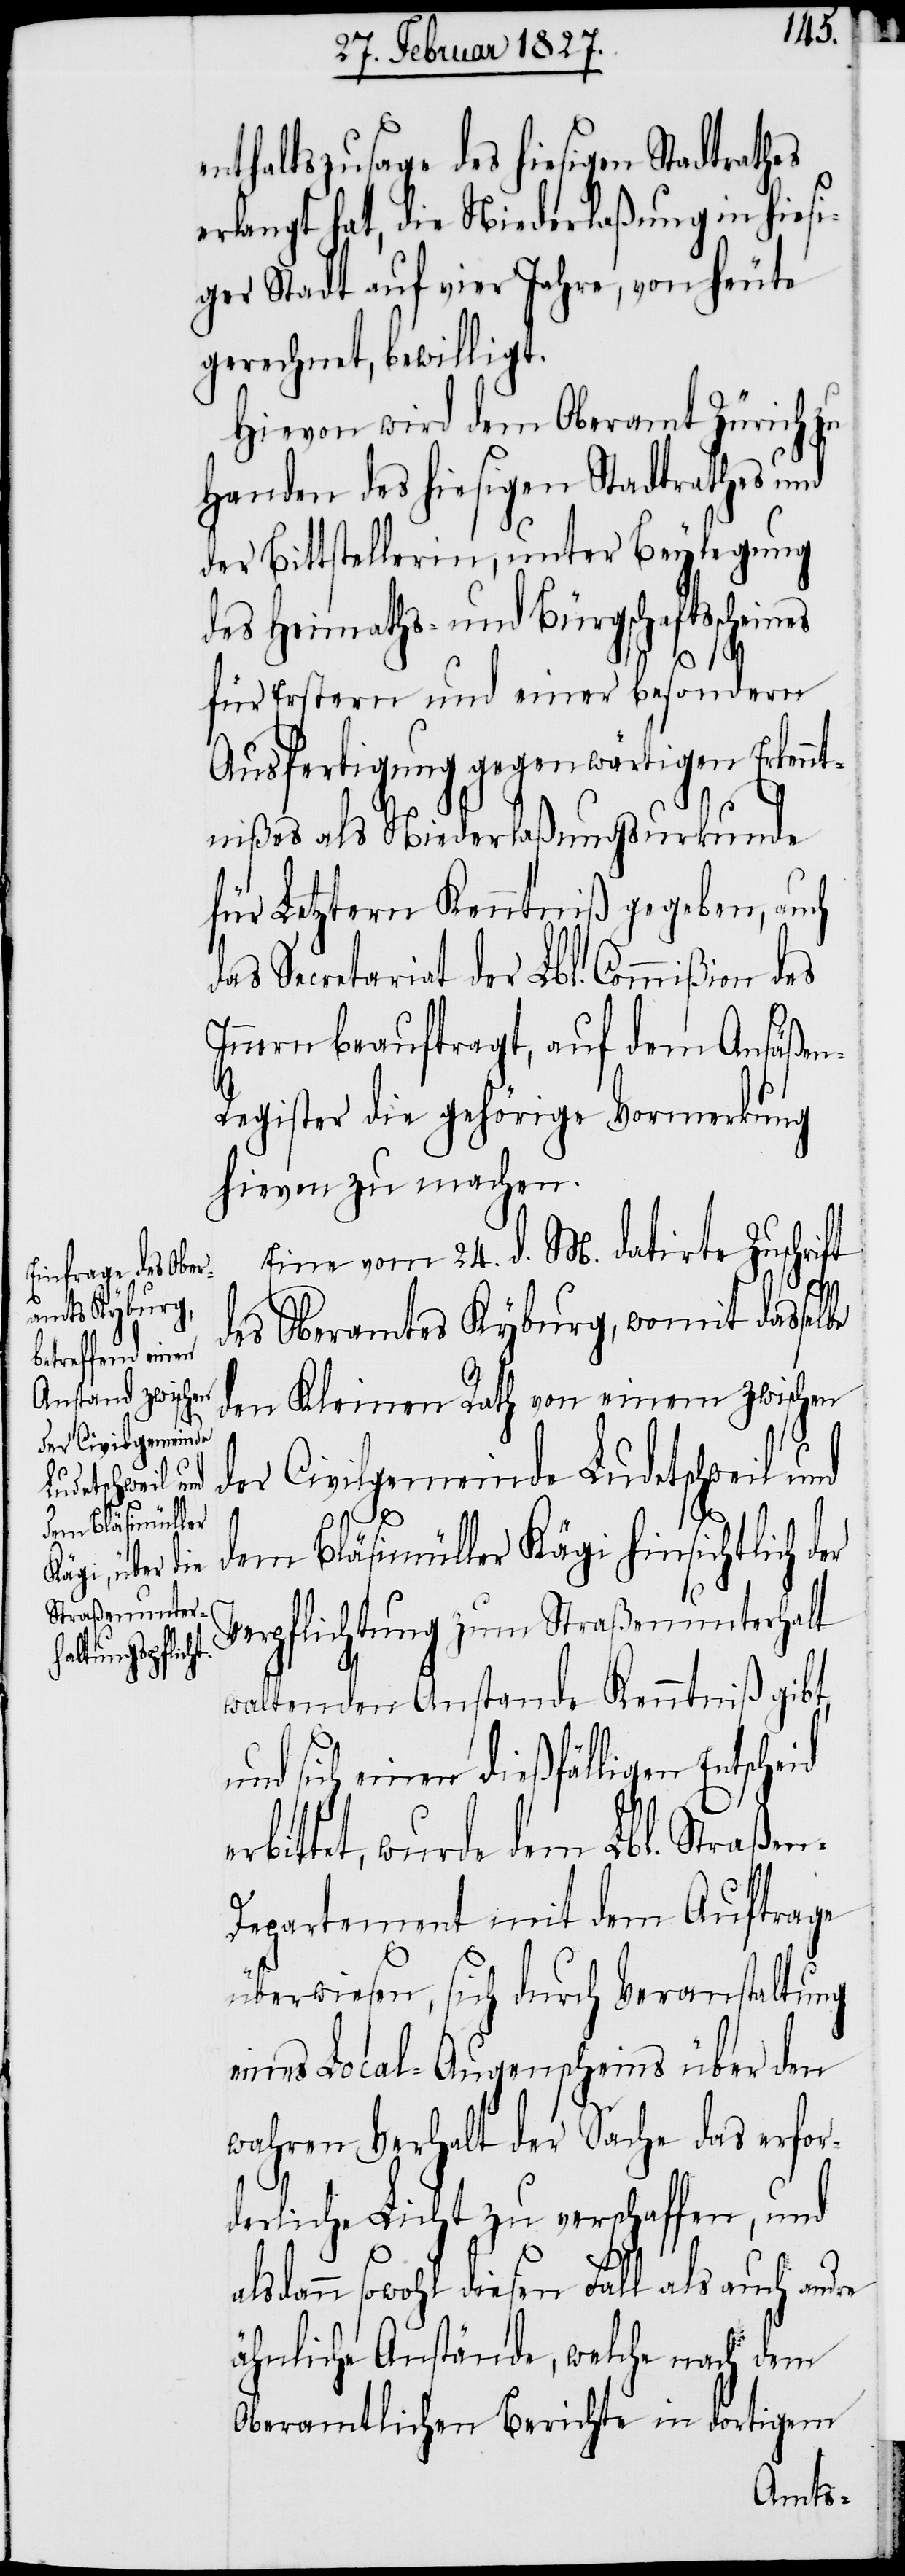
re
Entscheid er¬

enthaltszusage des hiesigen Stadtrathes
erlangt hat, die Niederlaßung in hiesi¬
ger Stadt auf vier Jahre, von heute
gerechnet, bewilligt.
Hievon wird dem Oberamt Zürich zu
Handen des hiesigen Stadtrathes und
der Bittstellerin, unter Beylegung
des Heimaths- und Bürgschaftsschein¬
es
für Erstern und einer besondern
Ausfertigung gegenwärtigen Erkennt¬
nißes als Niederlaßungsurkunde
für Letztern Kenntniß gegeben, auch
das Secretariat der Lbl. Commißion des
Innern beauftragt, auf dem Ansäße¬
n-Register die gehörige Vormerkung
hievon zu machen.
Eine vom 24. d. M. datirte Zuschrift
des Oberamtes Kyburg, womit dasselbe
den Kleinen Rath von einem zwischen
der Civilgemeinde Ludetschweil und
dem Bläsimüller Kägi hinsichtlich der
Verpflichtung zum Straßenunterhalt
waltenden Anstande Kenntniß gibt,
und sich einen dießfälligen
bittet, wurde dem Lbl. Straßen-D¬
epartement mit dem Auftrage
überwiesen, sich durch Veranstaltung
eines Local-Augenscheins über den
wahren Verhalt der Sache das erfor¬
derliche Licht zu verschaffen, und
lsdann sowohl diesen Fall als auch and¬
ähnliche Anstände, welche nach dem
Oberamtlichen Berichte in dortigem